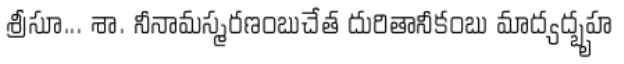
శ్రీసూ... శా. నీనామస్మరణంబుచేత దురితానీకంబు మాద్యద్బృహ